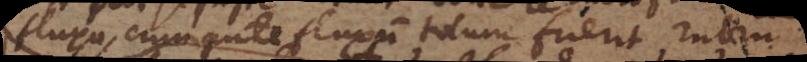
fluxu, cum ante fluxum totum fuerit rubrum.